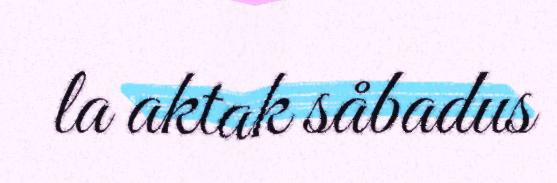
la aktak såbadus